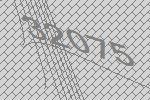
32075